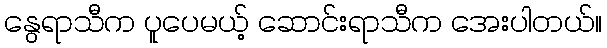
နွေရာသီက ပူပေမယ့် ဆောင်းရာသီက အေးပါတယ်။